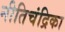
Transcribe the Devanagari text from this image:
नीतिचंद्रिका